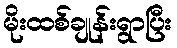
မိုးထစ်ချုန်းရွာပြီး